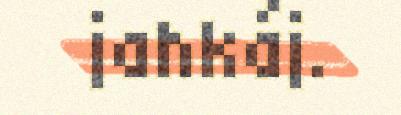
jahkáj.